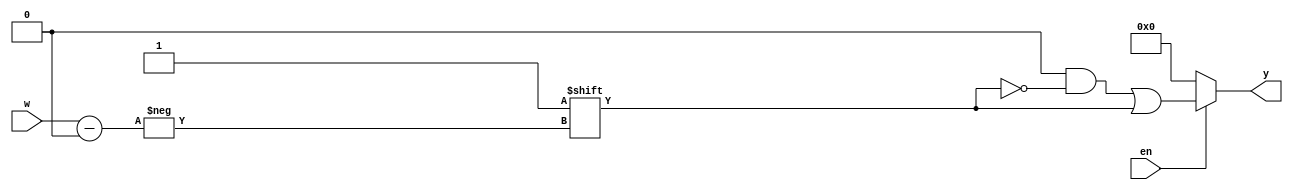
module decoder_generic
    #(parameter N = 3)(
    input [N - 1:0] w,
    input en,
    //** is "to the power of" since ^ is XOR
    output reg [2 ** N - 1 : 0] y
    );
    
    always @(w, en)
    begin
        y = 'b0;
        if (en)
            y[w] = 1'b1; 
        else
            y = 'b0;
    end
endmodule